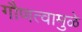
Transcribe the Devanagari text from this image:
गौणत्वामुळे